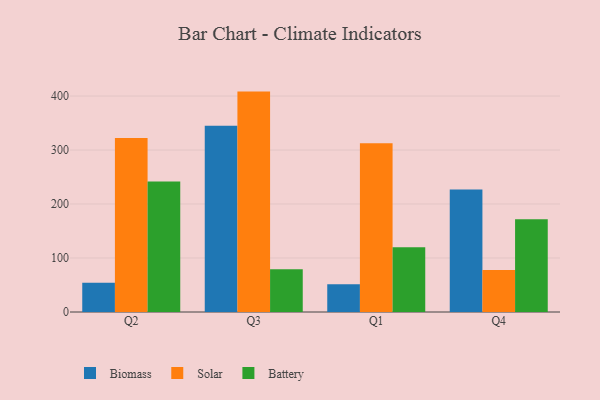
{"axis": {"x": "Quarter", "y": "Bounce Rate (%)"}, "legend": ["Battery", "Biomass", "Solar"], "data": [{"x": "Q2", "y": 54.3, "type": "Biomass"}, {"x": "Q2", "y": 322.3, "type": "Solar"}, {"x": "Q2", "y": 241.7, "type": "Battery"}, {"x": "Q3", "y": 345.1, "type": "Biomass"}, {"x": "Q3", "y": 408.2, "type": "Solar"}, {"x": "Q3", "y": 79.1, "type": "Battery"}, {"x": "Q1", "y": 51.4, "type": "Biomass"}, {"x": "Q1", "y": 312.7, "type": "Solar"}, {"x": "Q1", "y": 119.8, "type": "Battery"}, {"x": "Q4", "y": 227.0, "type": "Biomass"}, {"x": "Q4", "y": 77.7, "type": "Solar"}, {"x": "Q4", "y": 172.0, "type": "Battery"}]}